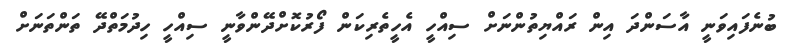
ބުނެފައިވަނީ އާސަންދަ އިން ރައްޔިތުންނަށް ސިއްހީ އެހީތެރިކަން ފޯރުކޮށްދޭންވާނީ ސިއްހީ ހިދުމަތްދޭ ތަންތަނަށް